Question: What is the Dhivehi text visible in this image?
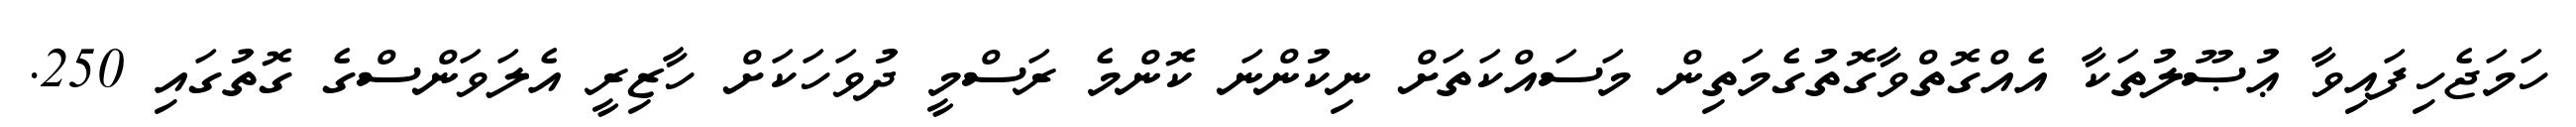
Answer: ހަމަޖެހިފައިވާ ޢުޞޫލުތަކާ އެއްގޮތްވާގޮތުގެމަތިން މަސައްކަތަށް ނިކުންނަ ކޮންމެ ރަސްމީ ދުވަހަކަށް ހާޒިރީ އެލަވަންސްގެ ގޮތުގައި 250.